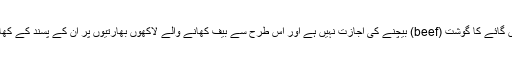
اس آئینی اختیار کی بنیاد پر کئی ریاستوں میں گائے کا گوشت (beef) بیچنے کی اجازت نہیں ہے اور اس طرح سے بیف کھانے والے لاکھوں بھارتیوں پر ان کے پسند کے کھانے پینے کی آزادی پر قدغن لگادی گئی ہے۔